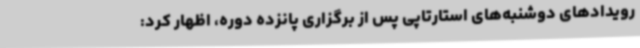
رویدادهای دوشنبه‌های استارتاپی پس از برگزاری پانزده دوره، اظهار کرد: